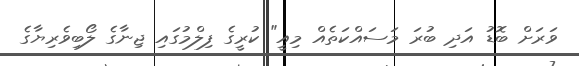
ވަރަށް ބޮޑު އަދި ބުރަ މަސައްކަތެއް މިއީ" ކުރީގެ ފިލްމުގައި ޖިނާގެ ލޯބިވެރިޔާގެ